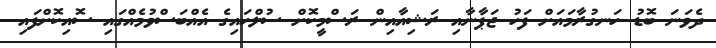
ދެވަނަ ބޮޑު ހަނގުރާމައަށް ފަހު ޖަޕާނާއި ރަޝިއާއިން ރަސްމީކޮށް ސުލްހައިގެ އެއްބަސްވުމެއްގައި ސޮއިކޮށްފައި